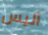
أليس